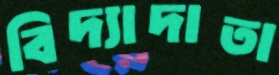
বিদ্যাদাতা